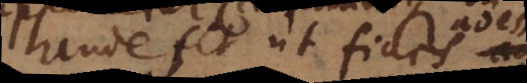
Unde fit ut fides